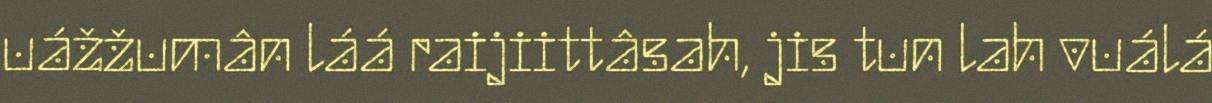
uážžumân láá raijiittâsah, jis tun lah vuálá